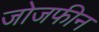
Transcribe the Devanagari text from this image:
जोजफीन